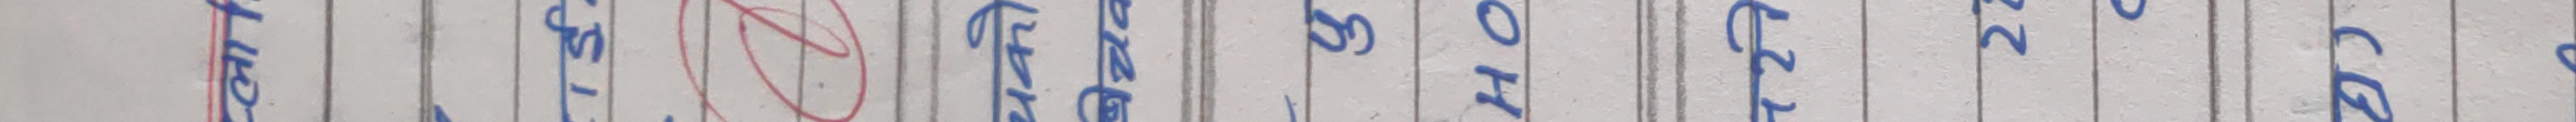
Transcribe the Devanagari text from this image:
पहिलो तेस्रो चौथो पाँचौँ छैटौँ